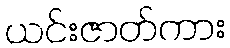
ယင်းဇာတ်ကား